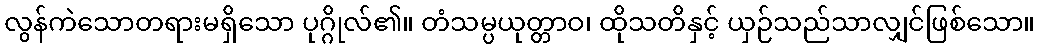
လွန်ကဲသောတရားမရှိသော ပုဂ္ဂိုလ်၏။ တံသမ္ပယုတ္တာဝ၊ ထိုသတိနှင့် ယှဉ်သည်သာလျှင်ဖြစ်သော။